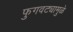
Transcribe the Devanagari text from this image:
फुगवट्यामुळे